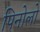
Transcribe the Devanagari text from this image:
पिनोलो